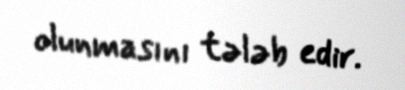
olunmasını tələb edir.